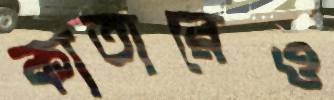
কাতারেও